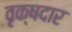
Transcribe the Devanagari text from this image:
वृक्षदार